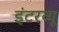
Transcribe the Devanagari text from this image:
इंटरव्‍यू